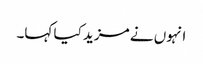
انہوں نے مزید کیا کہا۔